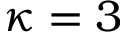
\kappa = 3